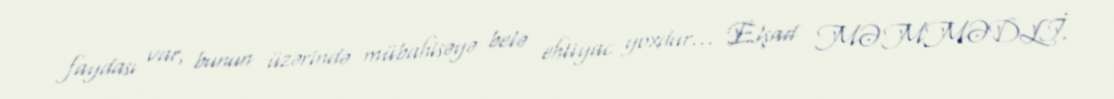
faydası var, bunun üzərində mübahisəyə belə ehtiyac yoxdur... Elşad MƏMMƏDLİ.